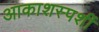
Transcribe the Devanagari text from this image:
आकाशस्पर्शी